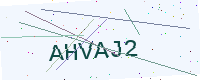
Text: AHVAJ2